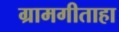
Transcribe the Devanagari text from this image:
ग्रामगीताहा